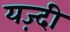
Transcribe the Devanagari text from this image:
यज़्दी